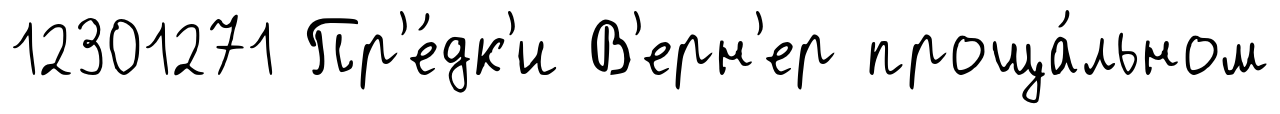
12301271 Пр'е́дк'и В'ерн'ер проща́льном